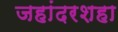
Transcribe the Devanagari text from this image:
जहांदरशहा